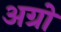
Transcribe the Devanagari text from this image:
अग्रो